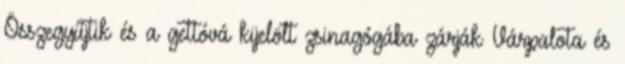
Összegyűjtik és a gettóvá kijelölt zsinagógába zárják Várpalota és